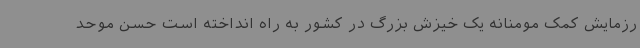
رزمایش کمک مومنانه یک خیزش بزرگ در کشور به راه انداخته است حسن موحد